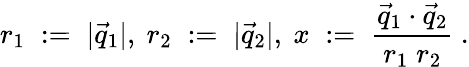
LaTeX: r_{1}\; :=\; |\vec{q}_{1}|,\ r_{2}\; :=\; |\vec{q}_{2}|,\ x\; :=\; \frac{\vec{q}_{1}\cdot\vec{q}_{2}}{r_{1}\; r_{2}}\ .